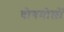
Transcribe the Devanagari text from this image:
बोगमोलों